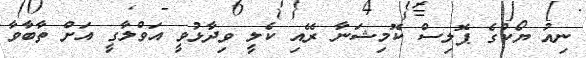
ނިއު ޔޯކްގެ ޕޮލިސް ކޮމިޝަނާ ރޭއި ކެލީ ވިދާޅުވީ އަވްލާގީ އަށް ތާބާވާ